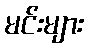
မင်းများ